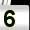
Digit: 5